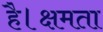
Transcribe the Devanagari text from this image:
है।क्षमता